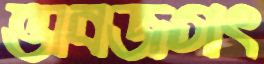
ভাবজগৎ